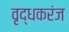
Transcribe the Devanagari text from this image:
वृद्धकरंज